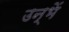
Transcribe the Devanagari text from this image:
उन्भें